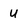
Character: U